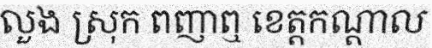
លួង ស្រុក ពញាឮ ខេត្តកណ្តាល